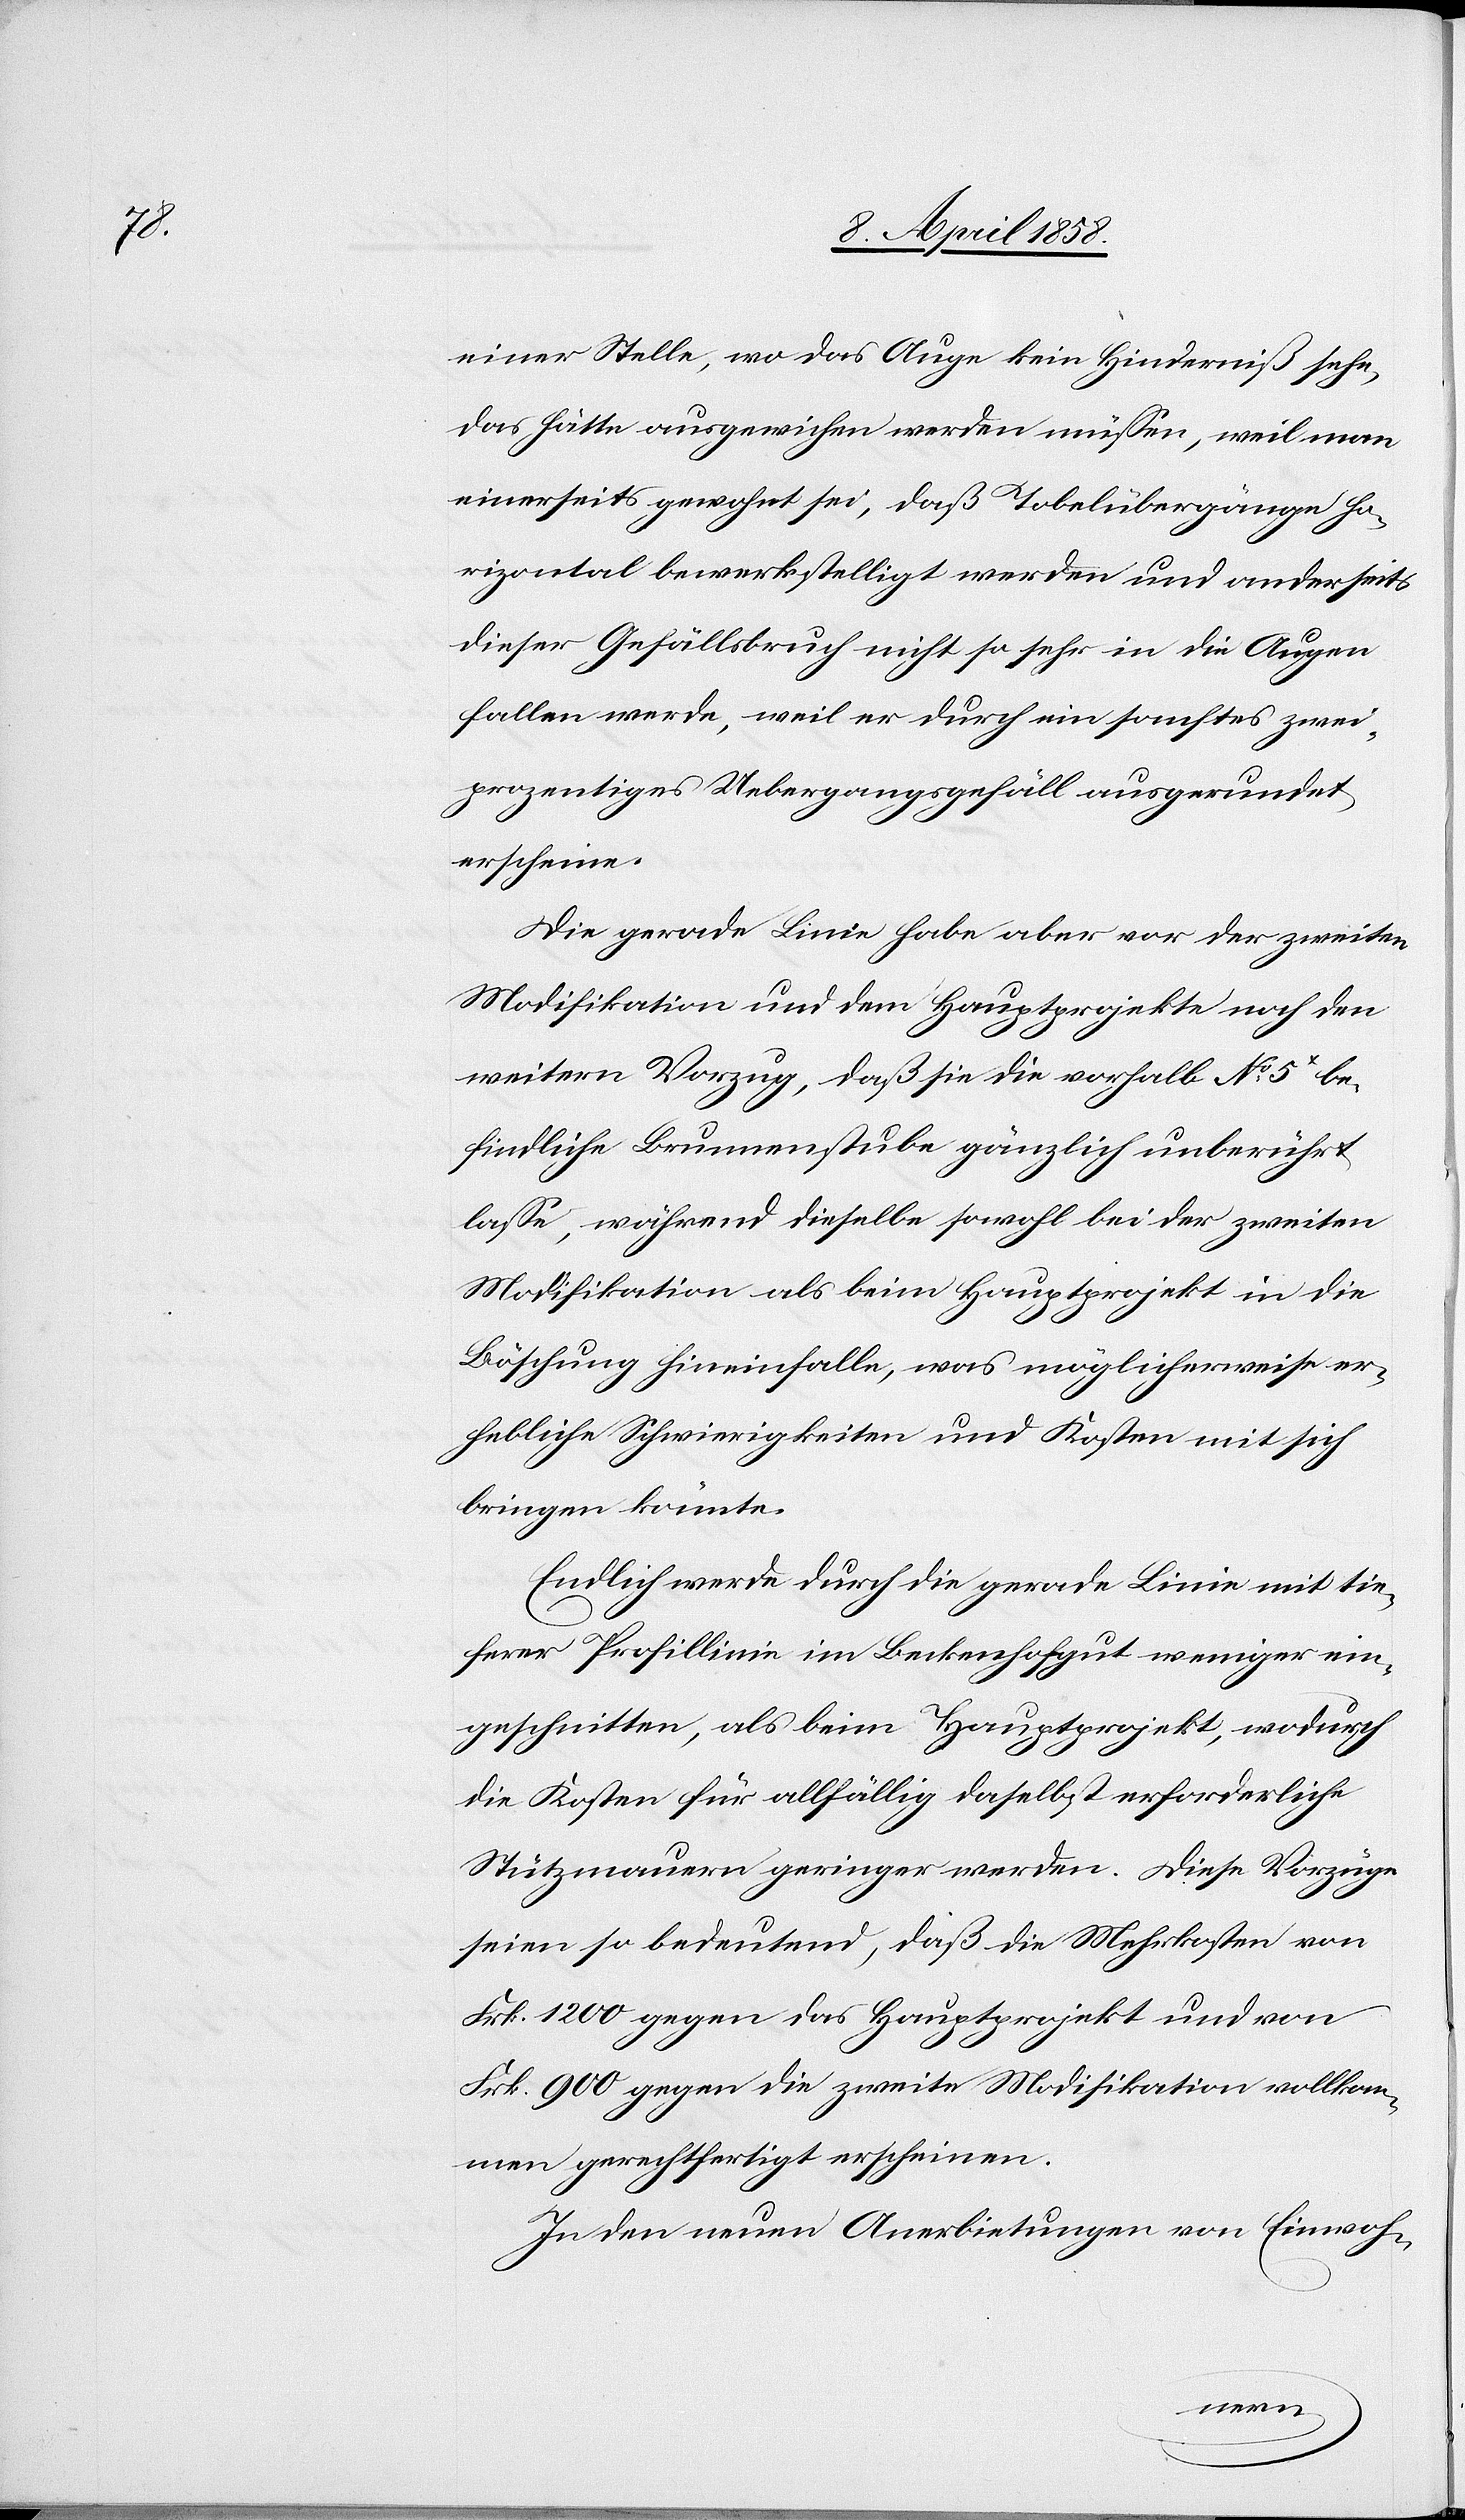
einer Stelle, wo das Auge kein Hinderniß sehe,
das hätte ausgewichen werden müssen, weil man
einerseits gewohnt sei, daß Tobelübergänge ho¬
rizontal bewerkstelligt werden und anderseits
dieser Gefällsbruch nicht so sehr in die Augen
fallen werde, weil er durch ein sanftes zwei¬
prozentiges Uebergangsgefäll ausgerundet
erscheine.
Die gerade Linie habe aber vor der zweiten
Modifikation und dem Hauptprojekte noch den
weitern Vorzug, daß sie die vorhalb No 5x be¬
findliche Brunnenstube gänzlich unberührt
lasse, während dieselbe sowohl bei der zweiten
Modifikation als beim Hauptprojekt in die
Böschung hineinfalle, was möglicherweise er¬
hebliche Schwierigkeiten und Kosten mit sich
bringen könnte.
Endlich werde durch die gerade Linie mit tie¬
ferer Profillinie im Beckenhofgut weniger ein¬
geschnitten, als beim Hauptprojekt, wodurch
die Kosten für allfällig daselbst erforderliche
Stützmauern geringer werden. Diese Vorzüge
seien so bedeutend, daß die Mehrkosten von
Frk. 1200 gegen das Hauptprojekt und von
Frk. 900 gegen die zweite Modifikation vollkom¬
men gerechtfertigt erscheinen.
In den neuen Anerbietungen von Einwoh-